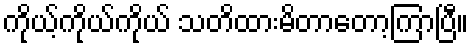
ကိုယ့်ကိုယ်ကိုယ် သတိထားမိတာတော့ကြာပြီ။